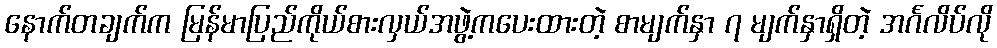
နောက်တချက်က မြန်မာပြည်ကိုယ်စားလှယ်အဖွဲ့ကပေးထားတဲ့ စာမျက်နှာ ၇ မျက်နှာရှိတဲ့ အင်္ဂလိပ်လို